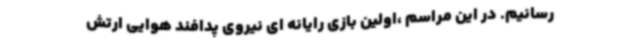
رسانیم. در این مراسم ،اولین بازی رایانه ای نیروی پدافند هوایی ارتش